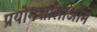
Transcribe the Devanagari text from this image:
प्रयोगशालाओंमें